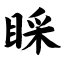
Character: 睬